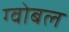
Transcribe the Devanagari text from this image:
ग्वोबल